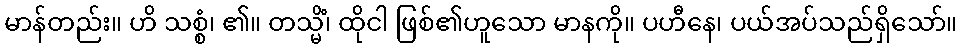
မာန်တည်း။ ဟိ သစ္စံ၊ ၏။ တသ္မိံ၊ ထိုငါ ဖြစ်၏ဟူသော မာနကို။ ပဟီနေ၊ ပယ်အပ်သည်ရှိသော်။